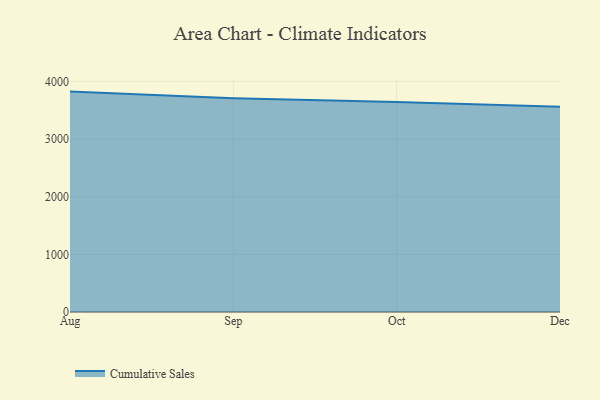
{"axis": {"x": "Month", "y": "Humidity (%)"}, "legend": ["Cumulative Sales"], "data": [{"x": "Aug", "y": 3823.0, "type": "Cumulative Sales"}, {"x": "Sep", "y": 3709.1, "type": "Cumulative Sales"}, {"x": "Oct", "y": 3642.3, "type": "Cumulative Sales"}, {"x": "Dec", "y": 3559.1, "type": "Cumulative Sales"}]}